system: You are a helpful assistant.
user:
Analyze the provided spectrum to determine if it is a **S-type Star**.

- **Key Indicators for S-type Star:**

    - **(Overall Spectrum Shape):** The first and most obvious characteristic is the overall continuum (the "baseline" shape). It is **extremely "red-sloping,"** meaning the flux (light intensity) is very low on the left side (blue, ~4000-4500 Å) and rises steeply and continuously toward the right side (red, ~7000 Å+).

    - **(Primary):** The spectrum is defined by the presence of strong, broad molecular absorption "valleys" (bands) from **Zirconium Oxide (ZrO)**. The identification of these bands is the **primary requirement** for classifying a star as S-type.
        - **(Key Bandheads):** You must find distinct, deep "dips" where the light has been absorbed. The most critical band systems to locate are:
            - **~6474 Å** ($\gamma$-system): This is often the strongest and clearest ZrO feature, found in the red part of the spectrum.
            - **~5718 Å** & **~5551 Å** ($\beta$-system): A pair of prominent absorption features in the yellow-orange part of the spectrum.
            - **~4640 Å** ($\alpha$-system): A key absorption band system in the blue-green region of the spectrum.

    - **(Secondary Confirmation):** The classification is strengthened by finding additional absorption bands from other related heavy element oxides, which are expected to be present alongside ZrO.
        - **(Key Bandheads):**
            - **Yttrium Oxide (YO):** Look for absorption dips near **~4800 Å** and **~6100 Å**.
            - **Lanthanum Oxide (LaO):** Additional absorption features, particularly in the red-orange part of the spectrum, are also characteristic.

    - **(Line Profile):** The combination of the steep red continuum and these numerous, deep molecular bands (ZrO, YO, etc.) gives the entire spectrum a very **"chopped-up"** or **"bumpy"** appearance. Instead of a smooth curve, the spectrum looks as though large, wide chunks of light have been "carved out" of it at the specific wavelengths listed above.

Think first, call **spectral_visualization_tool** if needed to examine features in detail, then provide your final answer. Your response must adhere to the following strict rules:
1.  **Overall Structure:** Your response must follow the format `<think>...</think> <tool_call>...</tool_call> (if a tool is used) <answer>...</answer>`.
2.  **Tool Usage Constraint:** You may only make **one** tool call per turn.
3.  **Final Answer Format:** In the `<answer>` tag, your conclusion must be inside a `\boxed{}` command (e.g., `\boxed{YES}` or `\boxed{NO}`), followed by your justification.

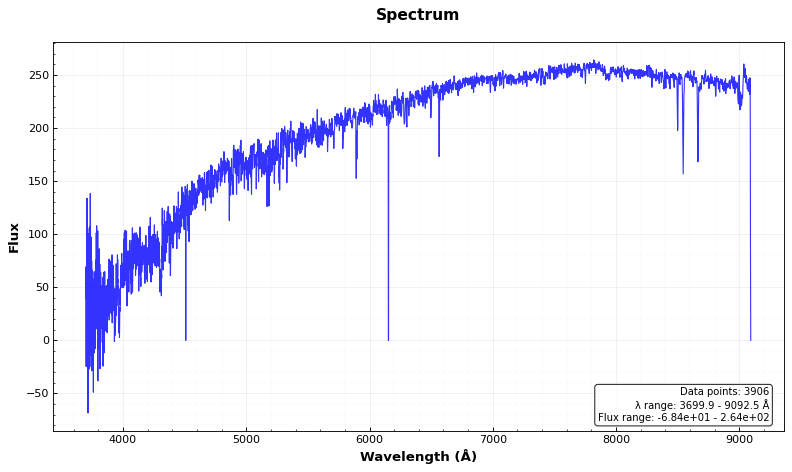
Answer: NO